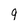
Character: 9